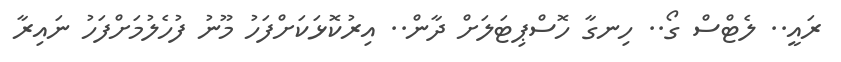
ރައީ.. ލެޓްސް ގޯ.. ހިނގާ ހޮސްޕިޓަލަށް ދާން.. އިރުކޮޅަކަށްފަހު މޫނު ފުހެލުމަށްފަހު ނައިރާ